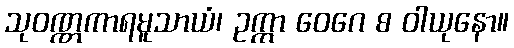
သုဝဏ္ဏကာရမူသာယံ၊ ဥက္ကာ ဝေဂေ စ ဝါယုနော။